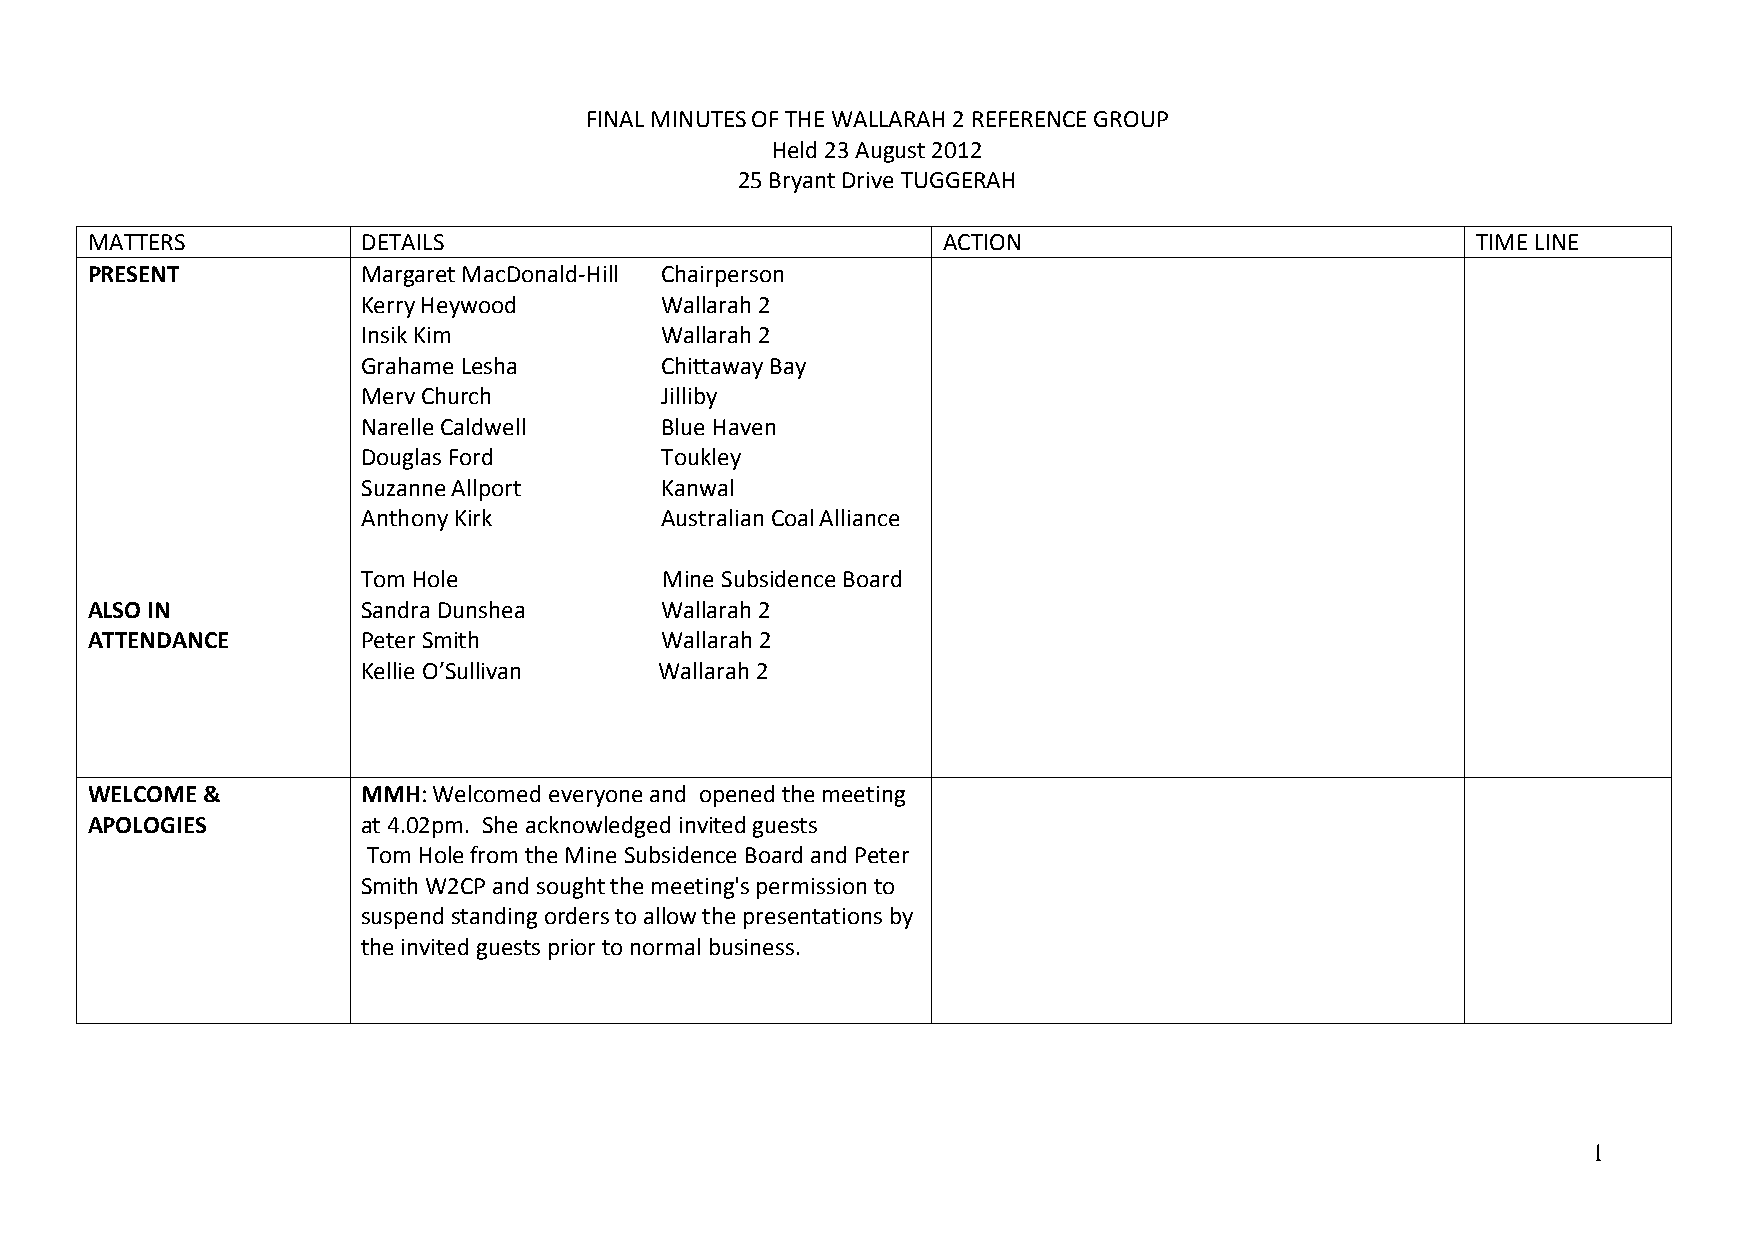
FINAL MINUTES OF THE WALLARAH 2 REFERENCE GROUP
 Held 23 August 2012
 25 Bryant Drive TUGGERAH
 MATTERS           DETAILS                               ACTION                              TIME LINE
 PRESENT           Margaret MacDonald-Hill Chairperson
 Kerry Heywood       Wallarah 2
 Insik Kim           Wallarah 2
 Grahame Lesha       Chittaway Bay
 Merv Church         Jilliby
 Narelle Caldwell    Blue Haven
 Douglas Ford        Toukley
 Suzanne Allport     Kanwal
 Anthony Kirk        Australian Coal Alliance
 Tom Hole            Mine Subsidence Board
 ALSO IN           Sandra Dunshea      Wallarah 2
 ATTENDANCE        Peter Smith         Wallarah 2
 Kellie O’Sullivan   Wallarah 2
 WELCOME &         MMH: Welcomed everyone and opened the meeting
 APOLOGIES         at 4.02pm. She acknowledged invited guests
 Tom Hole from the Mine Subsidence Board and Peter
 Smith W2CP and sought the meeting's permission to
 suspend standing orders to allow the presentations by
 the invited guests prior to normal business.
 1